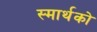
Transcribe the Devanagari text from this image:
स्मार्थको